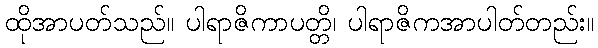
ထိုအာပတ်သည်။ ပါရာဇိကာပတ္တိ၊ ပါရာဇိကအာပါတ်တည်း။